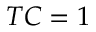
T C = 1